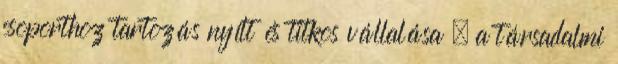
csoporthoz tartozás nyílt és titkos vállalása  a társadalmi